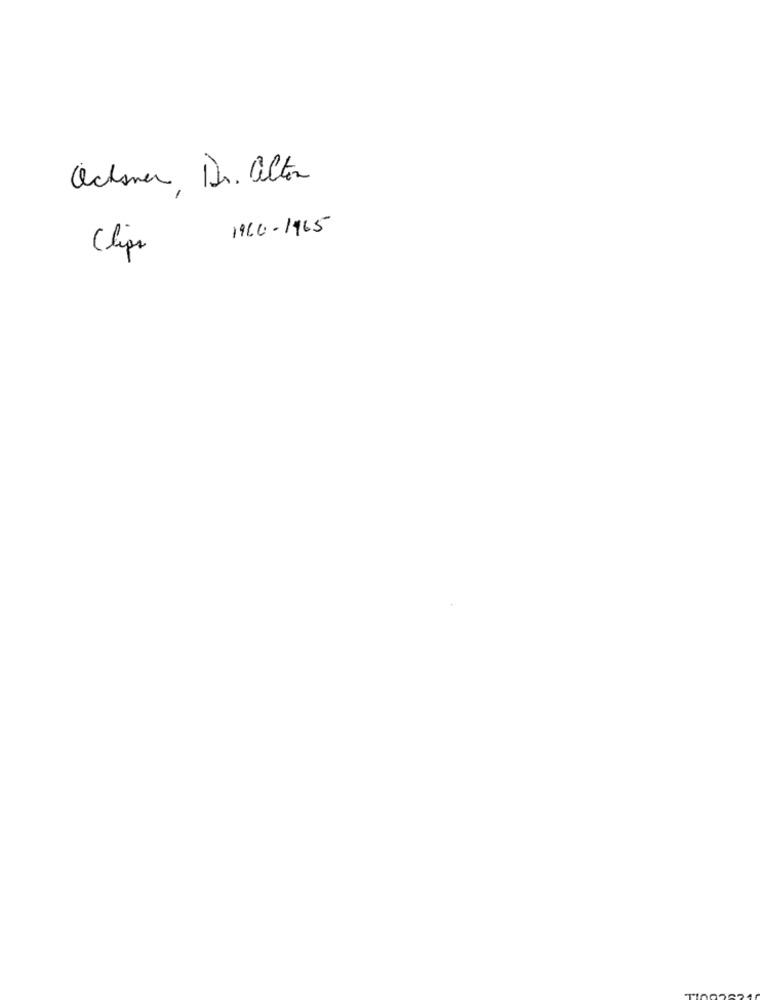
Ochsner Dr. alton
1960-1965
£
Clips